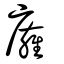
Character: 𢋊